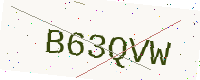
Text: B63QVW